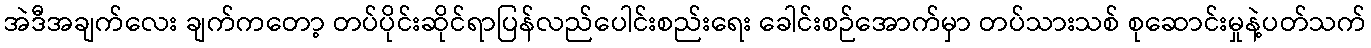
အဲဒီအချက်လေး ချက်ကတော့ တပ်ပိုင်းဆိုင်ရာပြန်လည်ပေါင်းစည်းရေး ခေါင်းစဉ်အောက်မှာ တပ်သားသစ် စုဆောင်းမှုနဲ့ပတ်သက်